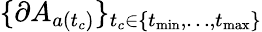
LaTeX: \{ \partial A_{a(t_{c})}\} _{t_{c}\in\{ t_{\operatorname*{min}},\dots,t_{\operatorname*{max}}\} }